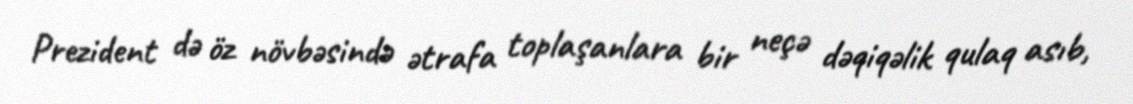
Prezident də öz növbəsində ətrafa toplaşanlara bir neçə dəqiqəlik qulaq asıb,